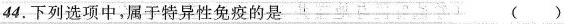
44.下列选项中，属于特异性免疫的是()